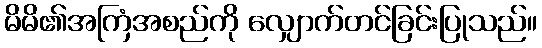
မိမိ၏အကြံအစည်ကို လျှောက်တင်ခြင်းပြုသည်။